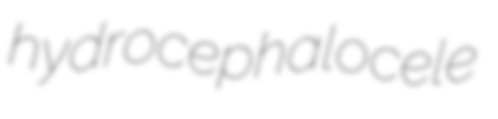
hydrocephalocele